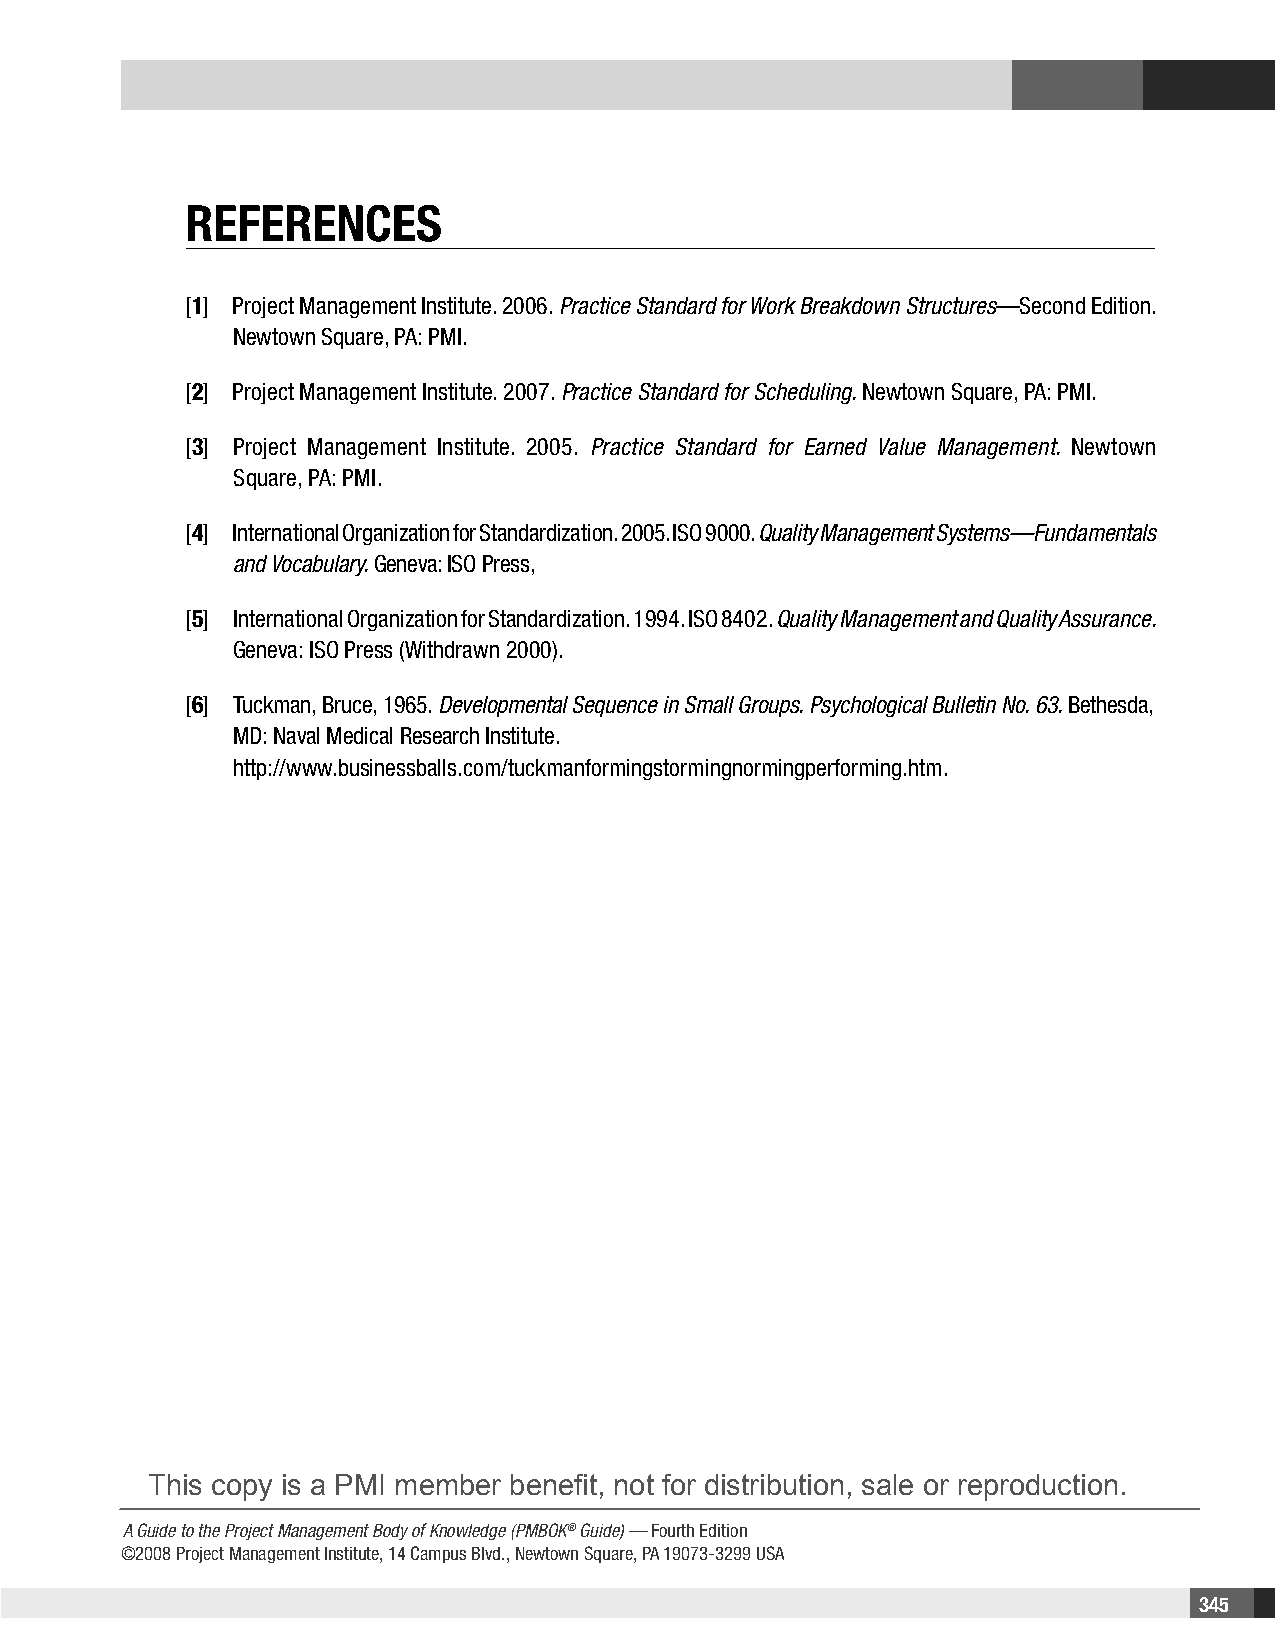
REfEREnCEs
 [1] Project Management Institute. 2006. Practice Standard for Work Breakdown Structures—Second Edition.
 Newtown Square, PA: PMI.
 [2] Project Management Institute. 2007. Practice Standard for Scheduling. Newtown Square, PA: PMI.
 [3] Project Management Institute. 2005. Practice Standard for Earned Value Management. Newtown
 Square, PA: PMI.
 [4] International Organization for Standardization. 2005. ISO 9000. Quality Management Systems—Fundamentals
 and Vocabulary. Geneva: ISO Press,
 [5] International Organization for Standardization. 1994. ISO 8402. Quality Management and Quality Assurance.
 Geneva: ISO Press (Withdrawn 2000).
 [6] Tuckman, Bruce, 1965. Developmental Sequence in Small Groups. Psychological Bulletin No. 63. Bethesda,
 MD: Naval Medical Research Institute.
 http://www.businessballs.com/tuckmanformingstormingnormingperforming.htm.
 This copy is a PMI member benefit, not for distribution, sale or reproduction.
 A Guide to the Project Management Body of Knowledge (PMBOK® Guide) — Fourth Edition
 ©2008 Project Management Institute, 14 Campus Blvd., Newtown Square, PA 19073-3299 USA
 345